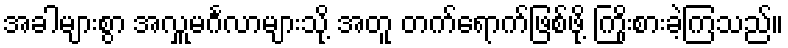
အခါများစွာ အလှူမင်္ဂလာများသို့ အတူ တက်ရောက်ဖြစ်ဖို့ ကြိုးစားခဲ့ကြသည်။